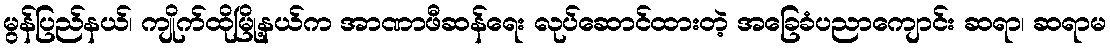
မွန်ပြည်နယ်၊ ကျိုက်ထိုမြို့နယ်က အာဏာဖီဆန်ရေး လုပ်ဆောင်ထားတဲ့ အခြေခံပညာကျောင်း ဆရာ၊ ဆရာမ